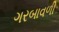
ગરબાવળી